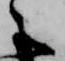
之